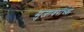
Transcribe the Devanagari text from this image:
मुजावरांच्या